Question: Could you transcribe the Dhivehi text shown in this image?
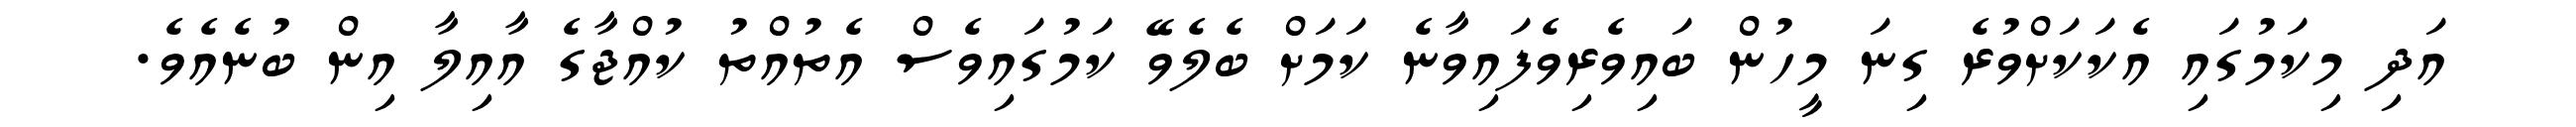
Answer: އަދި މިކަމުގައި އެކަކަށްވުރެ ގިނަ މީހުން ބައިވެރިވެފައިވާނެ ކަމަށް ބެލެވޭ ކަމުގައިވެސް އެތުއްތު ކުއްޖާގެ އާއިލާ އިން ބުނެއެވެ.